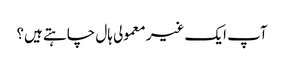
آپ ایک غیر معمولی ہال چاہتے ہیں؟